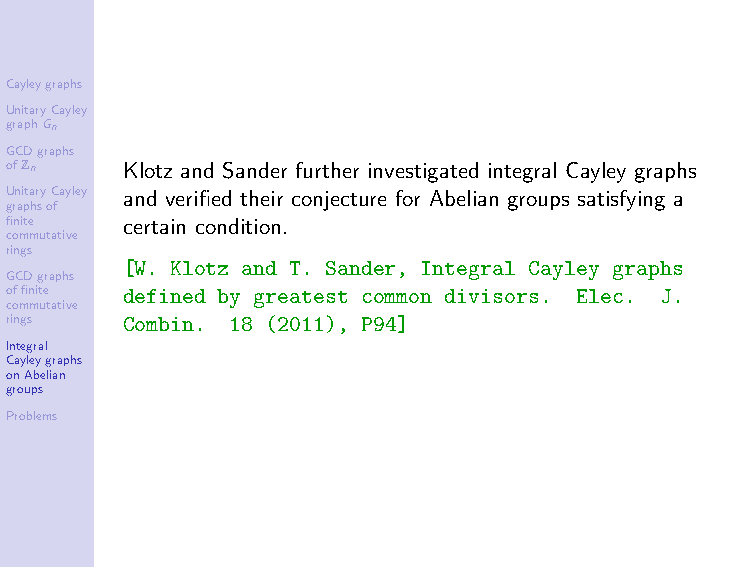
Cayleygraphs
 UnitaryCayley
 graphGn
 GCDgraphs
 ofZn    Klotz and Sander further investigated integral Cayley graphs
 UnitaryCayley and verified their conjecture for Abelian groups satisfying a
 graphsof
 finite  certain condition.
 commutative
 rings
 [W. Klotz and T. Sander, Integral Cayley graphs
 GCDgraphs
 offinite defined by greatest common divisors. Elec. J.
 commutative
 rings   Combin. 18 (2011), P94]
 Integral
 Cayleygraphs
 onAbelian
 groups
 Problems